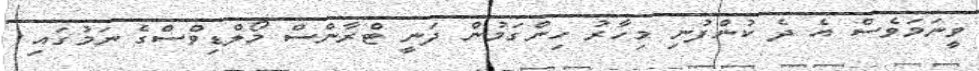
ވީނަމަަވެސް އެ ދެ ކުންފުނި މިހާރު ހިންގަމުން ދަނީ ޓްރާންސް މޯލްޑިވްސްގެ ނަމުގައި